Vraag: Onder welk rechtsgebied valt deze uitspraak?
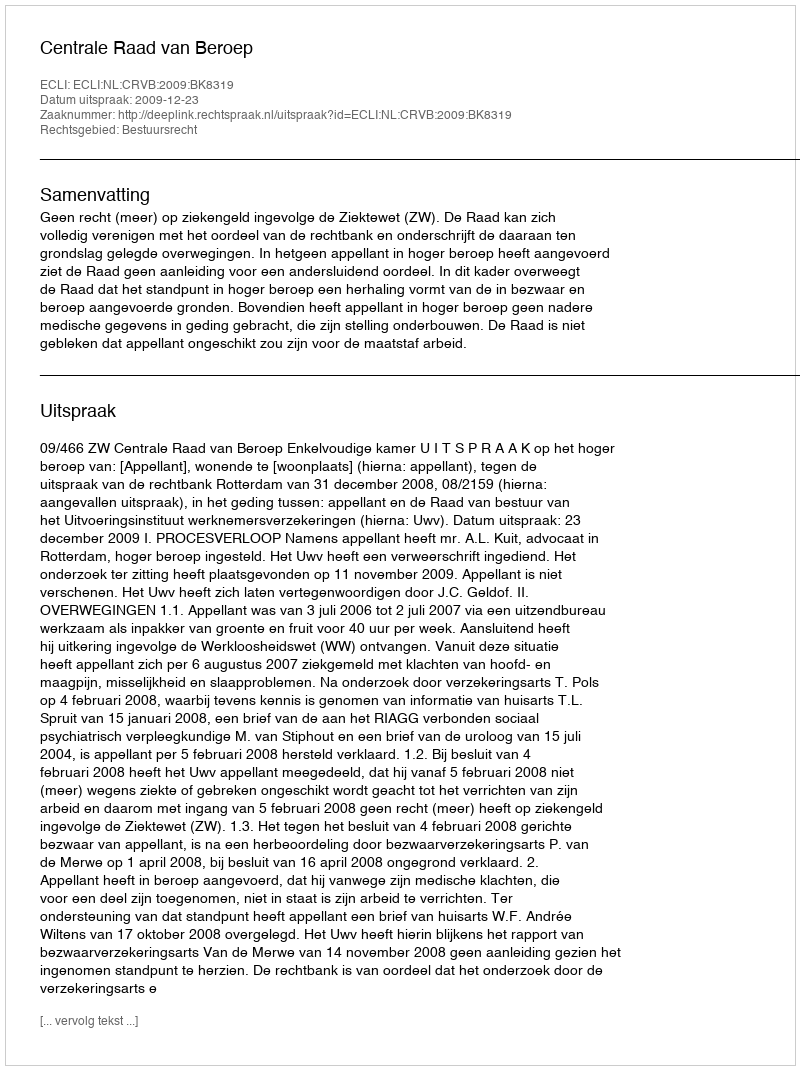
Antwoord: Bestuursrecht